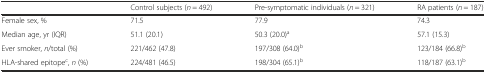
|  | Control subjects (n = 492) | Pre-symptomatic individuals (n = 321) | RA patients (n = 187) |
 | --- | --- | --- | --- |
 | Female sex, % | 71.5 | 77.9 | 74.3 |
 | Median age, yr (IQR) | 51.1 (20.1) | 50.3 (20.0)a | 57.1 (15.3) |
 | Ever smoker, n/total (%) | 221/462 (47.8) | 197/308 (64.0)b | 123/184 (66.8)b |
 | HLA-shared epitopec, n (%) | 224/481 (46.5) | 198/304 (65.1)b | 118/187 (63.1)b |